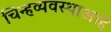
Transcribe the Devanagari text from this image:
चिन्हव्यवस्थाआहे